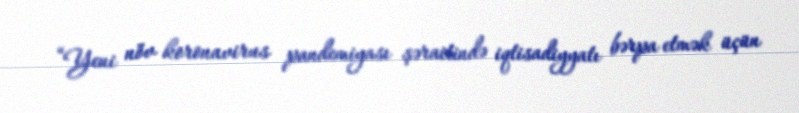
“Yeni növ koronavirus pandemiyası şəraitində iqtisadiyyatı bərpa etmək üçün